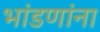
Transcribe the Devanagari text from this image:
भांडणांना